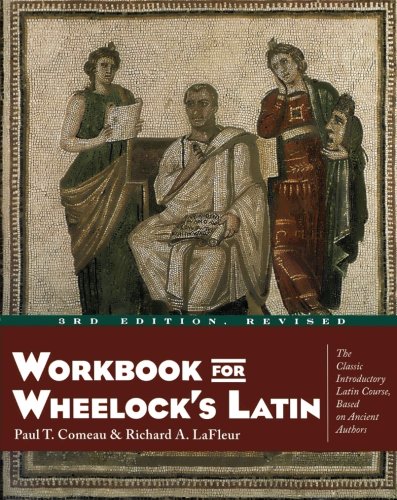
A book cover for Workbook for Wheelock's Latin; Paul T. Comeau; Reference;